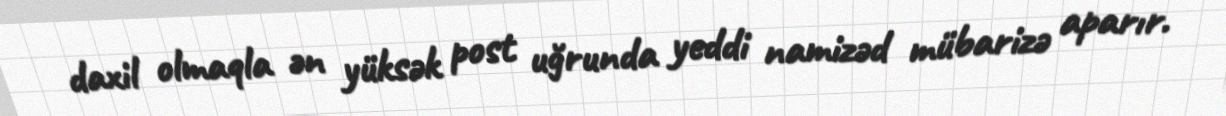
daxil olmaqla ən yüksək post uğrunda yeddi namizəd mübarizə aparır.